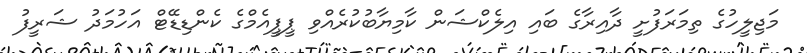
މަޖިލީހުގެ ތިމަރަފުށީ ދާއިރާގެ ބައި އިލެކްޝަން ކާމިޔާބުކުރެއްވި ޕީޕީއެމްގެ ކެންޑިޑޭޓް އަހުމަދު ޝަރީފު